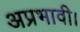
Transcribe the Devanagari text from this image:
अप्रभावी।